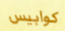
كوابيس